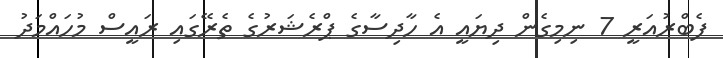
ފެބްރުއަރީ 7 ނިމިގެން ދިޔައީ އެ ހާދިސާގެ ޕްރެޝަރުގެ ތެރޭގައި ރައީސް މުހައްމަދު